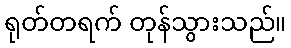
ရုတ်တရက် တုန်သွားသည်။